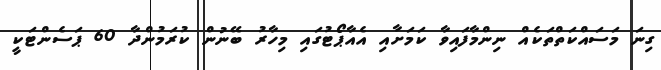
ގިނަ މަސައްކަތްތަކެއް ނިންމާފައިވާ ކަމަށާއި އެއާޕޯޓުގައި މިހާރު ބޭނުން ކުރަމުންދާ 60 ޕަސެންޓަކީ